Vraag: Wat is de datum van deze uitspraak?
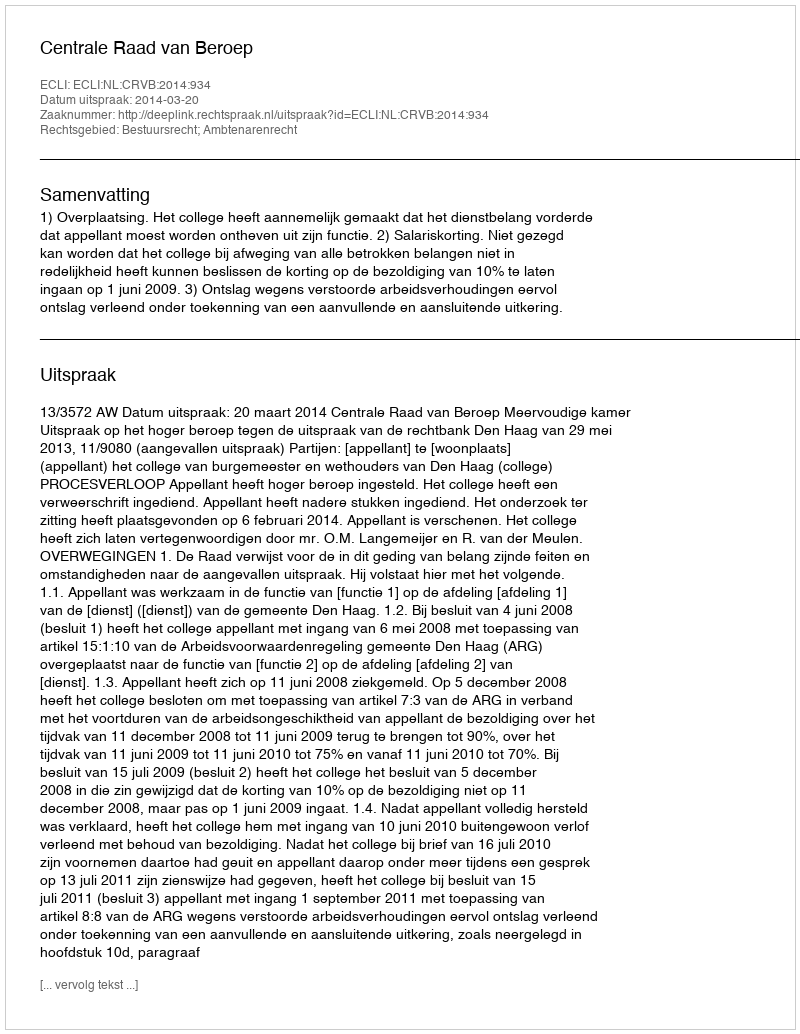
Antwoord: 2014-03-20